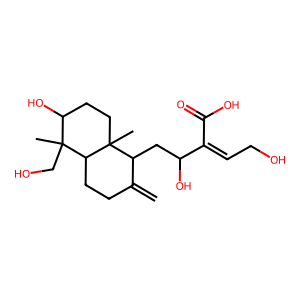
SMILES: C=C1CCC2C(C)(CO)C(O)CCC2(C)C1CC(O)C(=CCO)C(=O)O
Inhibits HIV replication: No